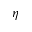
\eta